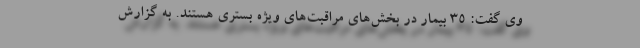
وی گفت: ۳۵ بیمار در بخش‌های مراقبت‌های ویژه بستری هستند. به گزارش